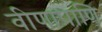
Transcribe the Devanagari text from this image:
वीणापाणि